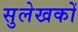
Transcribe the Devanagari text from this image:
सुलेखकों